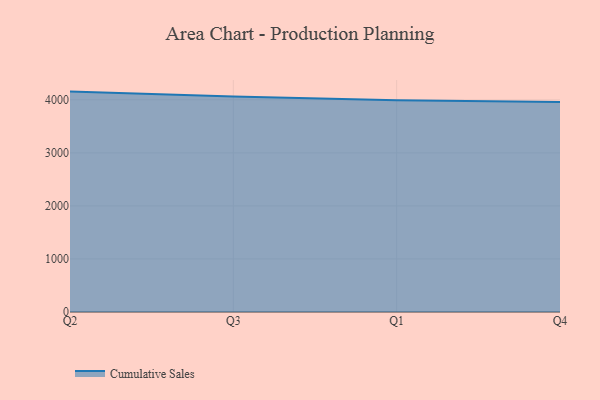
{"axis": {"x": "Quarter", "y": "Population (Million)"}, "legend": ["Cumulative Sales"], "data": [{"x": "Q2", "y": 4154.7, "type": "Cumulative Sales"}, {"x": "Q3", "y": 4062.8, "type": "Cumulative Sales"}, {"x": "Q1", "y": 3993.3, "type": "Cumulative Sales"}, {"x": "Q4", "y": 3956.8, "type": "Cumulative Sales"}]}